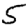
Digit: 5